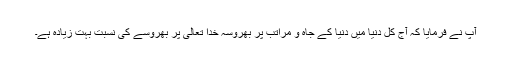
آپ نے فرمایا کہ آج کل دنیا میں دنیا کے جاہ و مراتب پر بھروسہ خدا تعالیٰ پر بھروسے کی نسبت بہت زیادہ ہے۔